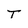
Character: T